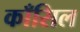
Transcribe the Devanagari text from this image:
काँसिल